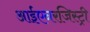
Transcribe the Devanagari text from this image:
आईएनरजिस्ट्री